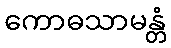
ကောဓသာမန္တံ